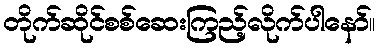
တိုက်ဆိုင်စစ်ဆေးကြည့်လိုက်ပါနော်။